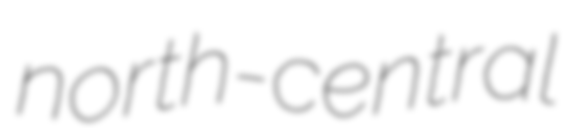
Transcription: north-central